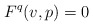
\begin{align*}F^q(v,p) = 0\end{align*}